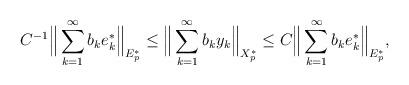
LaTeX: \begin{align*}C^{-1}\Big\|\sum_{k=1}^\infty b_ke_k^*\Big\|_{E_p^*}\le \Big\|\sum_{k=1}^\infty b_ky_k\Big\|_{X_p^*}\le C\Big\|\sum_{k=1}^\infty b_ke_k^*\Big\|_{E_p^*},\end{align*}